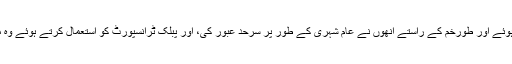
دہشت گرد افغانستان میں تیار ہوئے اور طورخم کے راستے اُنھوں نے عام شہری کے طور پر سرحد عبور کی، اور پبلک ٹرانسپورٹ کو استعمال کرتے ہوئے وہ مردان کے علاقے تک پہنچے۔